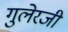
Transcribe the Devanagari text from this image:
गुलेरजी